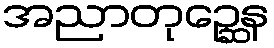
အညာတုဉ္ဆေန